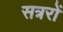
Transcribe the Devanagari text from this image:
सत्ररों